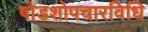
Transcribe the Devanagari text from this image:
षोडशोपचारविधि